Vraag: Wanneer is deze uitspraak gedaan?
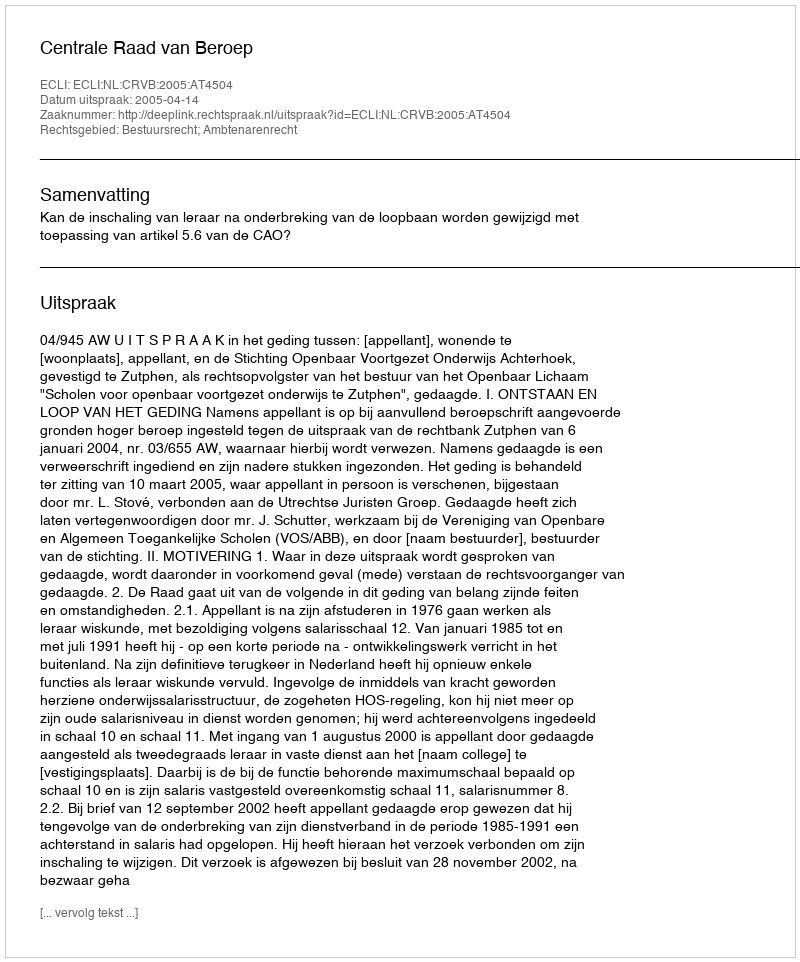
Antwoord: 2005-04-14